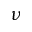
\nu